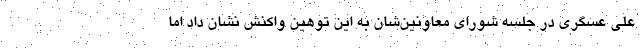
علی عسگری در جلسه شورای معاونین‌شان به این توهین واکنش نشان داد اما